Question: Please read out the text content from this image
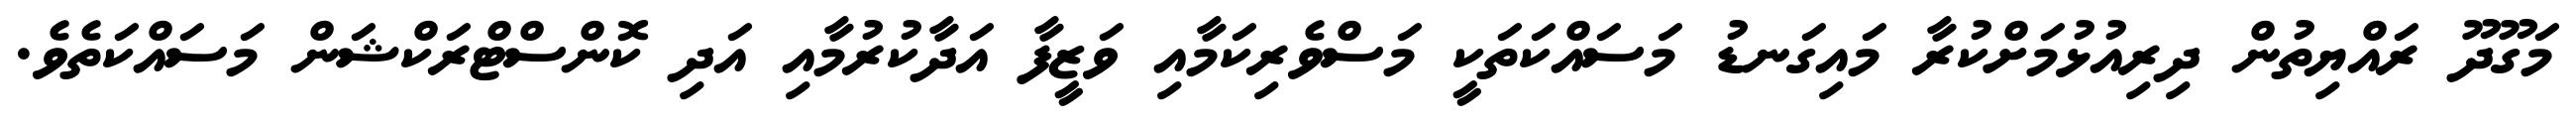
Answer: މަގޫދޫ ރައްޔިތުން ދިރިއުޅުމަށްކުރާ މައިގަނޑު މަސައްކަތަކީ މަސްވެރިކަމާއި ވަޒީފާ އަދާކުރުމާއި އަދި ކޮންސްޓްރަކްޝަން މަސައްކަތެވެ.